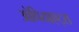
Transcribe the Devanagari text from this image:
ओपियाएट्स